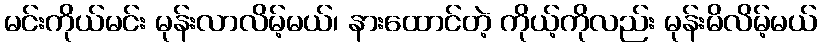
မင်းကိုယ်မင်း မုန်းလာလိမ့်မယ်၊ နားထောင်တဲ့ ကိုယ့်ကိုလည်း မုန်းမိလိမ့်မယ်